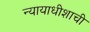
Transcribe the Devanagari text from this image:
न्यायाधीशाची